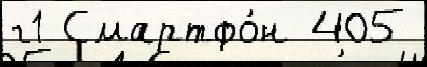
г1 Смартфо́н 405